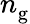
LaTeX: n_{\mathrm{g}}^{\ }